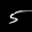
Label: 5